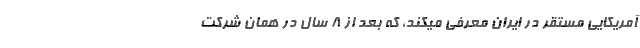
آمریکایی مستقر در ایران معرفی میکند، که بعد از ۸ سال در همان شرکت